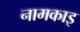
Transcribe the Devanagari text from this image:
नामकाइ